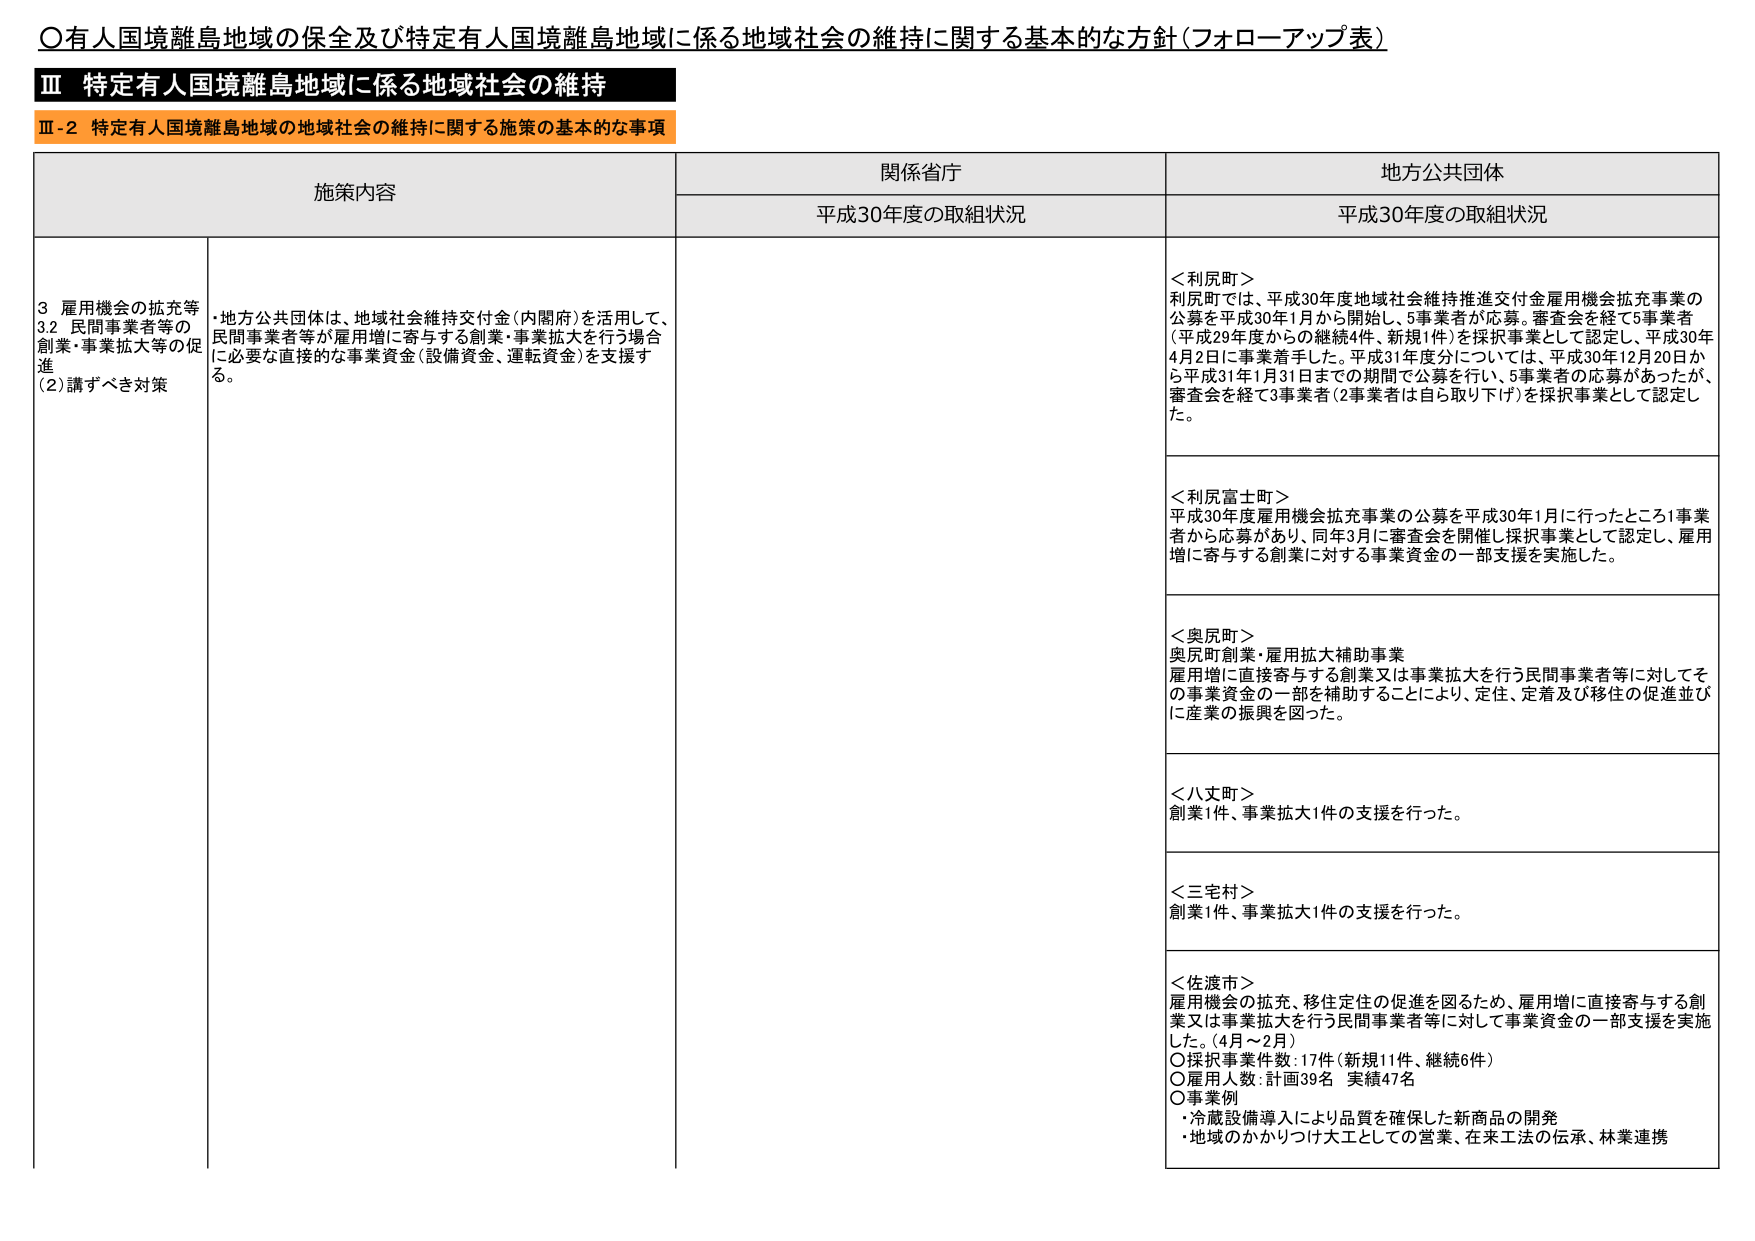
〇有人国境離島地域の保全及び特定有人国境離島地域に係る地域社会の維持に関する基本的な方針（フォローアップ表）

Ⅲ 特定有人国境離島地域に係る地域社会の維持

Ⅲ-2 特定有人国境離島地域の地域社会の維持に関する施策の基本的な事項

施策内容 関係省庁 地方公共団体
平成30年度の取組状況 平成30年度の取組状況

3 雇用機会の拡充等
3.2 民間事業者等の
創業・事業拡大等の促進
(2)講ずべき対策
・地方公共団体は、地域社会維持交付金（内閣府）を活用して、
民間事業者等が雇用増に寄与する創業・事業拡大を行う場合
に必要な直接的な事業資金（設備資金、運転資金）を支援す
る。

＜利尻町＞
利尻町では、平成30年度地域社会維持推進交付金雇用機会拡充事業の
公募を平成30年1月から開始し、5事業者が応募。審査会を経て5事業者
（平成29年度からの継続4件、新規1件）を採択事業として認定し、平成30年
4月2日に事業着手した。平成31年度分については、平成30年12月20日か
ら平成31年1月31日までの期間で公募を行い、5事業者の応募があったが、
審査会を経て3事業者（2事業者は自ら取り下げ）を採択事業として認定し
た。

＜利尻富士町＞
平成30年度雇用機会拡充事業の公募を平成30年1月に行ったところ1事業
者から応募があり、同年3月に審査会を開催し採択事業として認定し、雇用
増に寄与する創業に対する事業資金の一部支援を実施した。

＜奥尻町＞
奥尻町創業・雇用拡大補助事業
雇用増に直接寄与する創業又は事業拡大を行う民間事業者等に対してそ
の事業資金の一部を補助することにより、定住、定着及び移住の促進並び
に産業の振興を図った。

＜八丈町＞
創業1件、事業拡大1件の支援を行った。

＜三宅村＞
創業1件、事業拡大1件の支援を行った。

＜佐渡市＞
雇用機会の拡充、移住定住の促進を図るため、雇用増に直接寄与する創
業又は事業拡大を行う民間事業者等に対して事業資金の一部支援を実施
した。（4月～2月）
〇採択事業件数：17件（新規11件、継続6件）
〇雇用人数：計画39名 実績47名
〇事業例
・冷蔵設備導入により品質を確保した新商品の開発
・地域のかかりつけ大工としての営業、在来工法の伝承、林業連携